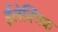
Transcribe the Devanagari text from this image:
ईलेक्त्रिक